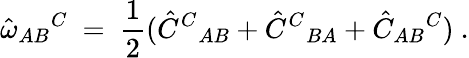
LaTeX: \hat{\omega}_{AB}{}^{C}\ =\ \frac 12(\hat{C}^{C}{}_{AB}+\hat{C}^{C}{}_{BA}+\hat{C}_{AB}{}^{C})~.